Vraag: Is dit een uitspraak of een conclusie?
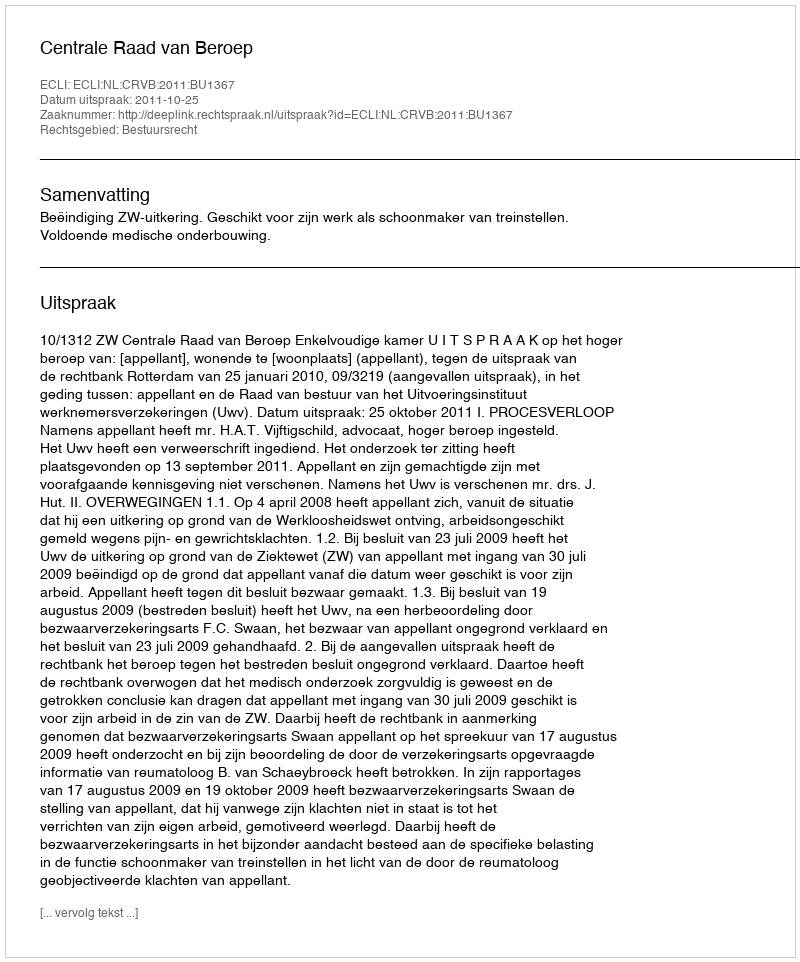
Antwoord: Uitspraak